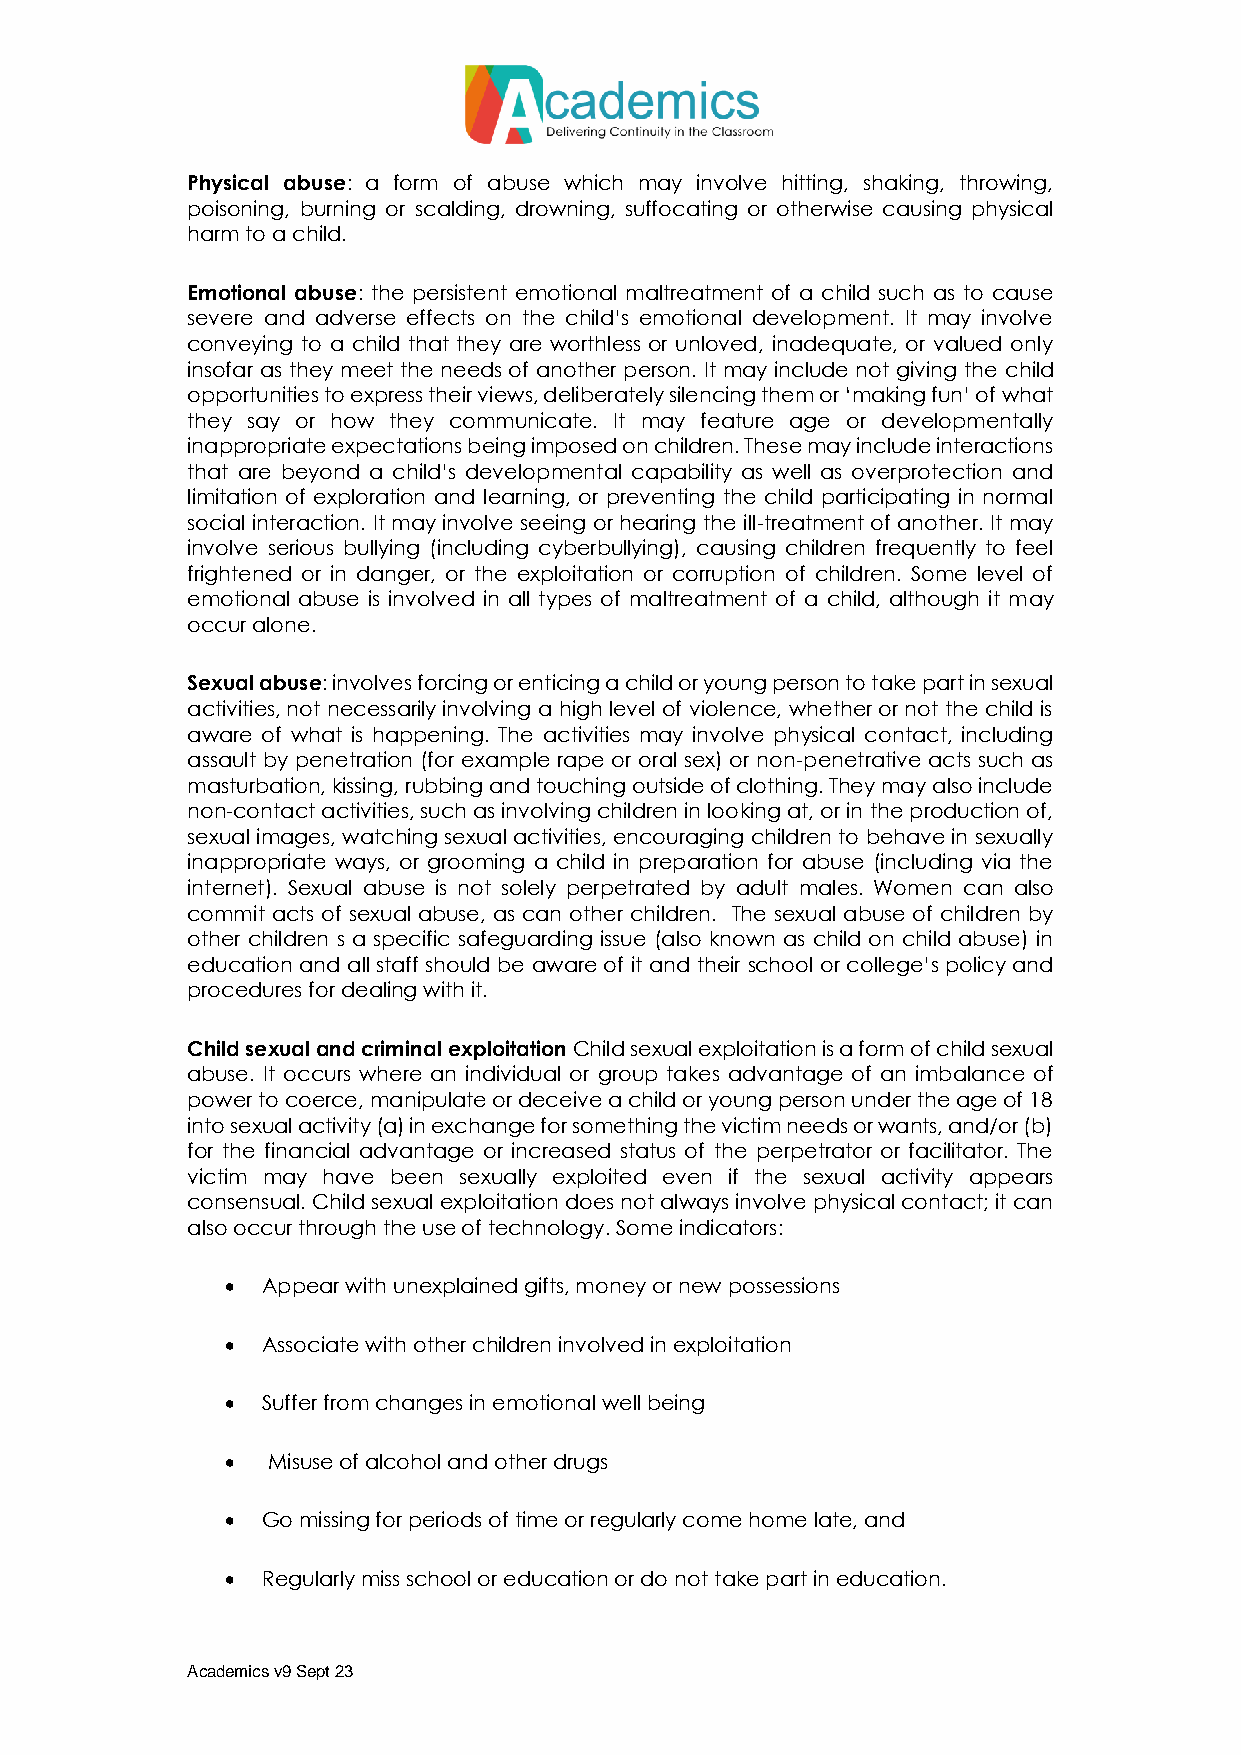
Physical abuse: a form of abuse which may involve hitting, shaking, throwing,
 poisoning, burning or scalding, drowning, suffocating or otherwise causing physical
 harm to a child.
 Emotional abuse: the persistent emotional maltreatment of a child such as to cause
 severe and adverse effects on the child’s emotional development. It may involve
 conveying to a child that they are worthless or unloved, inadequate, or valued only
 insofar as they meet the needs of another person. It may include not giving the child
 opportunities to express their views, deliberately silencing them or ‘making fun’ of what
 they say or how they communicate. It may feature age or developmentally
 inappropriate expectations being imposed on children. These may include interactions
 that are beyond a child’s developmental capability as well as overprotection and
 limitation of exploration and learning, or preventing the child participating in normal
 social interaction. It may involve seeing or hearing the ill-treatment of another. It may
 involve serious bullying (including cyberbullying), causing children frequently to feel
 frightened or in danger, or the exploitation or corruption of children. Some level of
 emotional abuse is involved in all types of maltreatment of a child, although it may
 occur alone.
 Sexual abuse: involves forcing or enticing a child or young person to take part in sexual
 activities, not necessarily involving a high level of violence, whether or not the child is
 aware of what is happening. The activities may involve physical contact, including
 assault by penetration (for example rape or oral sex) or non-penetrative acts such as
 masturbation, kissing, rubbing and touching outside of clothing. They may also include
 non-contact activities, such as involving children in looking at, or in the production of,
 sexual images, watching sexual activities, encouraging children to behave in sexually
 inappropriate ways, or grooming a child in preparation for abuse (including via the
 internet). Sexual abuse is not solely perpetrated by adult males. Women can also
 commit acts of sexual abuse, as can other children. The sexual abuse of children by
 other children s a specific safeguarding issue (also known as child on child abuse) in
 education and all staff should be aware of it and their school or college’s policy and
 procedures for dealing with it.
 Child sexual and criminal exploitation Child sexual exploitation is a form of child sexual
 abuse. It occurs where an individual or group takes advantage of an imbalance of
 power to coerce, manipulate or deceive a child or young person under the age of 18
 into sexual activity (a) in exchange for something the victim needs or wants, and/or (b)
 for the financial advantage or increased status of the perpetrator or facilitator. The
 victim may have been sexually exploited even if the sexual activity appears
 consensual. Child sexual exploitation does not always involve physical contact; it can
 also occur through the use of technology. Some indicators:
  Appear with unexplained gifts, money or new possessions
  Associate with other children involved in exploitation
  Suffer from changes in emotional well being
   Misuse of alcohol and other drugs
  Go missing for periods of time or regularly come home late, and
  Regularly miss school or education or do not take part in education.
 Academics v9 Sept 23